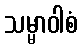
သမ္မာဝါစံ